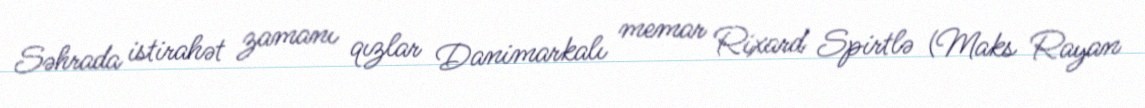
Səhrada istirahət zamanı qızlar Danimarkalı memar Rixard Spirtlə (Maks Rayan